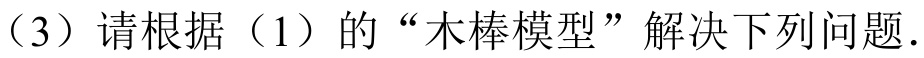
（3）请根据（1）的“木棒模型”解决下列问题．